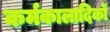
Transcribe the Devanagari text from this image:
कर्मकालादिकों